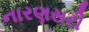
નારણસરી